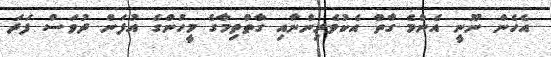
އެހެން ނޫނީ އެންމެ ގާތް އެކުވެރިންނާއި ގާތްތިމާގެ މީހުންގެ އުފަން ދުވަސް ފަދަ